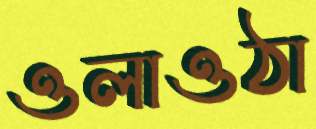
ওলাওঠা